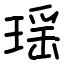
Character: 瑶